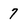
Character: 7